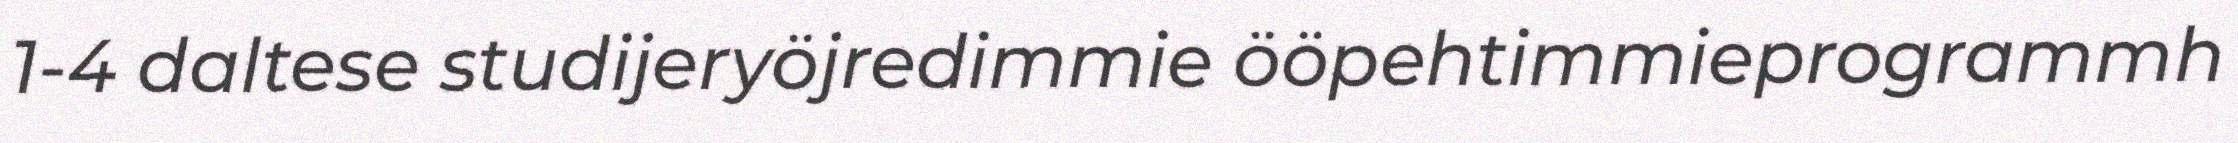
1-4 daltese studijeryöjredimmie ööpehtimmieprogrammh